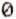
0